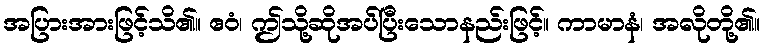
အပြားအားဖြင့်သိ၏။ ဧဝံ၊ ဤသို့ဆိုအပ်ပြီးသောနည်းဖြင့်။ ကာမာနံ၊ အလိုတို့၏။